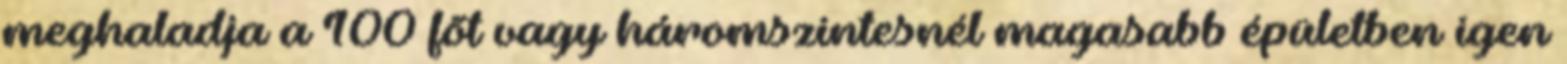
meghaladja a 100 fõt vagy háromszintesnél magasabb épületben igen